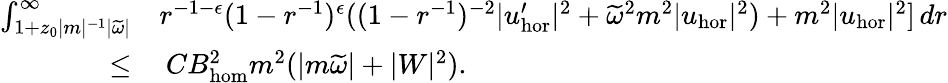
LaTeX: \begin{array}{rl}{\int_{1+z_{0}|m|^{-1}|\widetilde{\omega}|}^{\infty}}&{r^{-1-\epsilon}(1-r^{-1})^{\epsilon}((1-r^{-1})^{-2}|u_{\mathrm{hor}}^{\prime}|^{2}+\widetilde{\omega}^{2}m^{2}|u_{\mathrm{hor}}|^{2})+m^{2}|u_{\mathrm{hor}}|^{2}]\, dr}\\ {\leq}&{\: CB_{\mathrm{hom}}^{2}m^{2}(|m\widetilde{\omega}|+|W|^{2}).}\end{array}